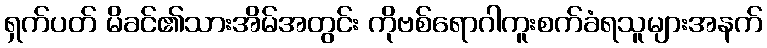
ရှက်ပတ် မိခင်၏သားအိမ်အတွင်း ကိုဗစ်ရောဂါကူးစက်ခံရသူများအနက်